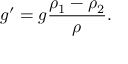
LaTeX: g ^ { \prime } = g { \frac { \rho _ { 1 } - \rho _ { 2 } } { \rho } } .